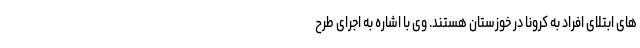
های ابتلای افراد به کرونا در خوزستان هستند. وی با اشاره به اجرای طرح